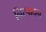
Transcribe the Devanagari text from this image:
निस्पादन